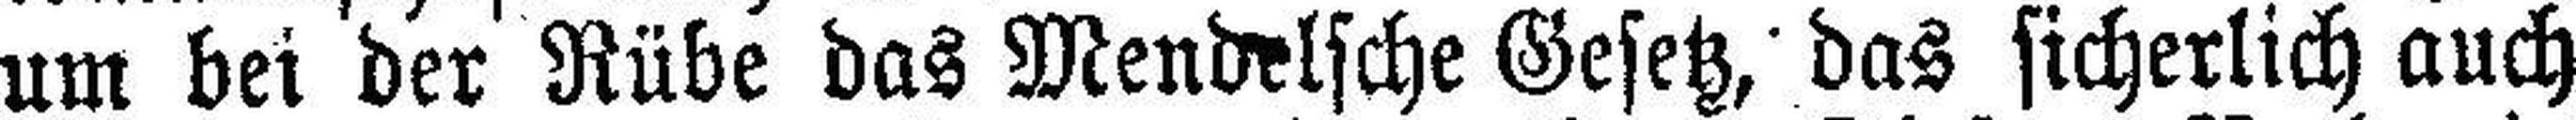
um bei der Rübe das Mend###lsche Gesetz, das sicherlich auch